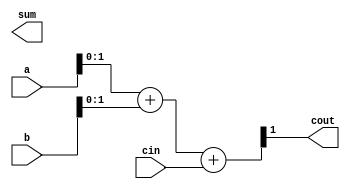
module adder8bit(a, b, cin, sum, cout);
  input [7:0] a;  // premier nombre
  input [7:0] b;  // deuxime nombre
  input cin;      // retenue d'entre
  output [7:0] sum; // somme des deux nombres
  output cout;    // retenue de sortie

  assign{cout,s} = a+b+cin;

endmodule